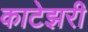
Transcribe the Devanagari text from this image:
काटेझरी